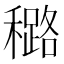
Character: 𰨼